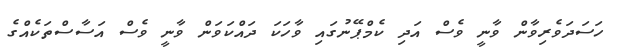
ހަސަދަވެރިވާން ވާނީ ވެސް އަދި ކެމްޕޭނުގައި ވާހަކަ ދައްކަވަން ވާނީ ވެސް އަސާސްތަކެއްގެ